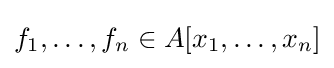
f_{1},\ldots ,f_{n}\in A[x_{1},\ldots ,x_{n}]